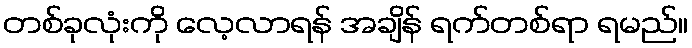
တစ်ခုလုံးကို လေ့လာရန် အချိန် ရက်တစ်ရာ ရမည်။